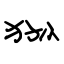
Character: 狲